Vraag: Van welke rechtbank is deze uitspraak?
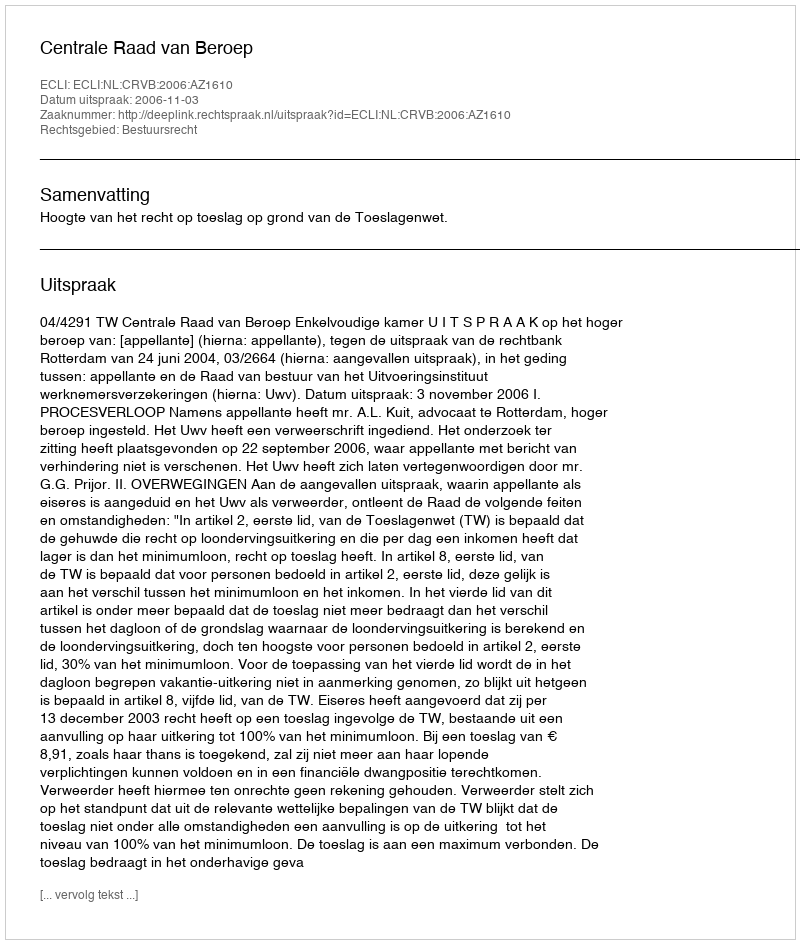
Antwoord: Centrale Raad van Beroep